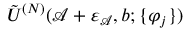
\tilde { U } ^ { ( N ) } ( \mathcal { A } + \varepsilon _ { \mathcal { A } } , b ; \{ \varphi _ { j } \} )